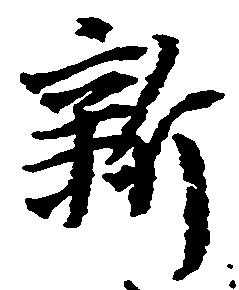
新